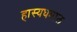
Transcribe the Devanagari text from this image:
हास्यधमाल